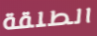
الطلقة